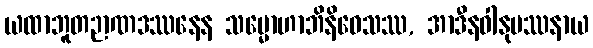
ယထာဘူတဉာဏဒဿနေန သမ္မောဟာဘိနိဝေသဿ, အာဒီနဝါနုပဿနာယ